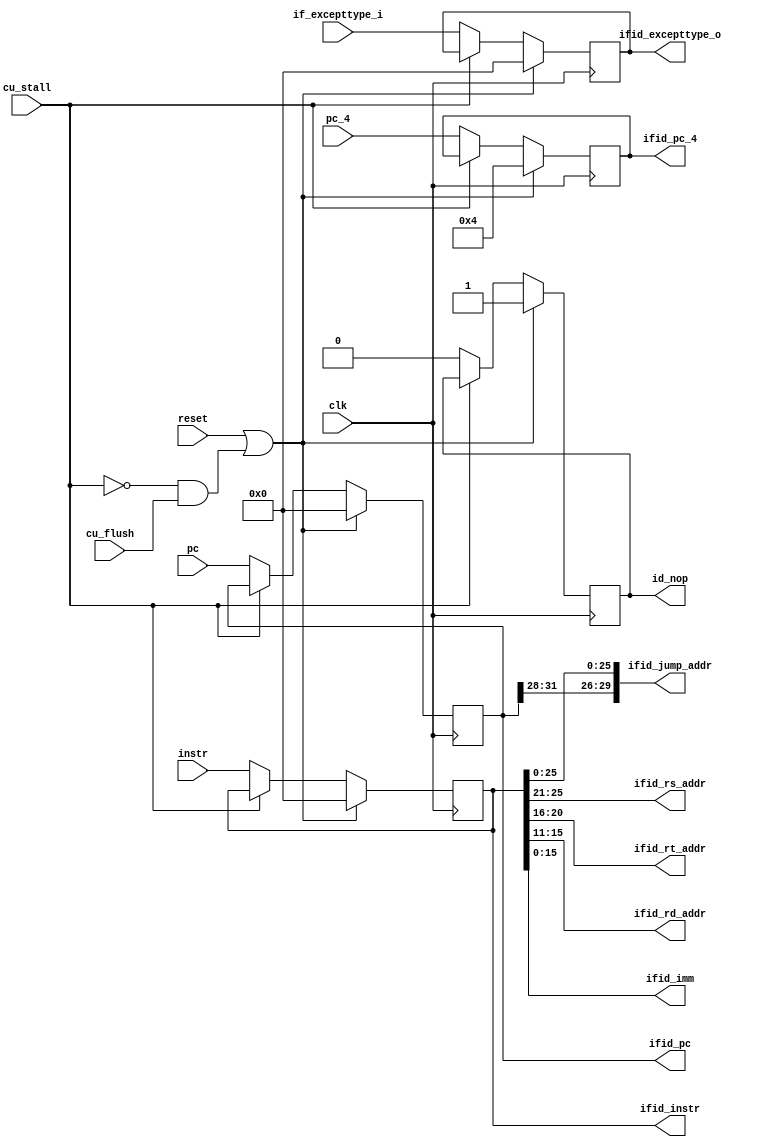
`timescale 1ns / 1ps

////////////////////////////////////////////////////////////////
// Company:  
// Engineer: 
// 
// Design Name: 
// Module Name: exmem_reg
// Project Name: 
// Target Devices: 
// Tool Versions: 
// Description: 
// 
// Dependencies: 
// 
// Revision:
// Revision 0.01 - File Created
// Additional Comments:
// 
///////////////////////////////////////////////////////////////
 
module ifid_reg(
    input clk,
    input reset,
    input cu_stall,
    input cu_flush,
    input [31:0] pc,
    input [31:0] pc_4,
//    (* mark_debug = "true" *)
    input [31:0] instr,
    input [31:0] if_excepttype_i,

    output reg id_nop,
    output reg [31:0] ifid_pc,
    output reg [31:0] ifid_pc_4,
    output reg [31:0] ifid_instr,
    output [29:0] ifid_jump_addr,
    output [4:0] ifid_rs_addr,
    output [4:0] ifid_rt_addr,
    output [4:0] ifid_rd_addr,
    output [15:0] ifid_imm,
    output reg[31:0] ifid_excepttype_o
    );

    initial begin
        ifid_pc    = 32'd0;
        ifid_pc_4  = 32'd4;
        ifid_instr = 32'd0;
        id_nop = 1'b0;
        ifid_excepttype_o = 32'h0;
    end

    assign ifid_jump_addr = {ifid_pc[31:28], ifid_instr[25:0]};
    assign ifid_rs_addr   = ifid_instr[25:21];
    assign ifid_rt_addr   = ifid_instr[20:16];
    assign ifid_rd_addr   = ifid_instr[15:11];
    assign ifid_imm       = ifid_instr[15:0];
    
    always @(posedge clk) begin
        if (reset || (!cu_stall && cu_flush)) begin
            ifid_pc    <= 32'd0;
            ifid_pc_4  <= 32'd4;
            ifid_instr <= 32'd0; 
            id_nop     <= 1'b1;
            ifid_excepttype_o <= 32'h0;
        end
        else if (cu_stall) begin
            ifid_pc    <= ifid_pc;
            ifid_pc_4  <= ifid_pc_4;
            ifid_instr <= ifid_instr;
            id_nop     <= id_nop;
            ifid_excepttype_o <= ifid_excepttype_o;
        end
        else begin
            ifid_pc    <= pc;
            ifid_pc_4  <= pc_4;
            ifid_instr <= instr;
            id_nop     <= 1'b0;
            ifid_excepttype_o <= if_excepttype_i;
        end
    end

endmodule